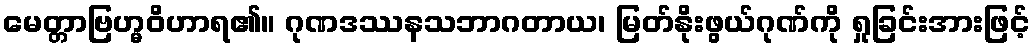
မေတ္တာဗြဟ္မဝိဟာရ၏။ ဂုဏဒဿနသဘာဂတာယ၊ မြတ်နိုးဖွယ်ဂုဏ်ကို ရှုခြင်းအားဖြင့်